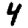
Digit: 4